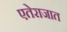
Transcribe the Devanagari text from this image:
एतेराजात